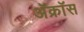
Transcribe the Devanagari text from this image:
ॲक्रॉस